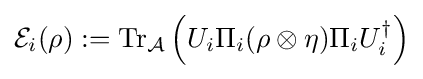
{\mathcal {E}}_{i}(\rho ):=\mathrm {Tr} _{\mathcal {A}}\left(U_{i}\Pi _{i}(\rho \otimes \eta )\Pi _{i}U_{i}^{\dagger }\right)